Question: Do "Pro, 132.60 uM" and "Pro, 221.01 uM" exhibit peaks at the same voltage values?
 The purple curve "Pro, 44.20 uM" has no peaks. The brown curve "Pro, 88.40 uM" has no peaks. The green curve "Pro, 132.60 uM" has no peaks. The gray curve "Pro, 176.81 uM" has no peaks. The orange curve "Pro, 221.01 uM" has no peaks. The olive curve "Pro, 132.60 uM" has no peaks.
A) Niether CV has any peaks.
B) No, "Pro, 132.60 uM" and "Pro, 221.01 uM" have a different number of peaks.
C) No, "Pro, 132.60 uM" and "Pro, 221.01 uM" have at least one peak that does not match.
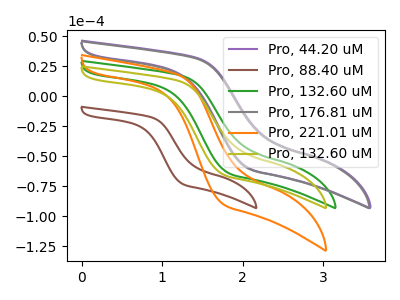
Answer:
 <answer>A) Niether CV has any peaks.</answer>
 <eval>A</eval>